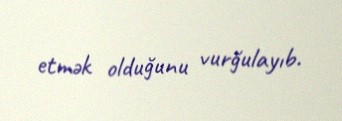
etmək olduğunu vurğulayıb.